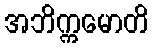
အဘိက္ကမောတိ